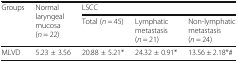
<table><thead><tr><td rowspan="2"><b>Groups</b></td><td rowspan="2"><b>Normal laryngeal mucosa (<i>n</i> = 22)</b></td><td colspan="3"><b>LSCC</b></td></tr><tr><td><b>Total (<i>n</i> = 45)</b></td><td><b>Lymphatic metastasis (<i>n</i> = 21)</b></td><td><b>Non-lymphatic metastasis (<i>n</i> = 24)</b></td></tr></thead><tbody><tr><td>MLVD</td><td>5.23 ± 3.56</td><td>20.88 ± 5.21*</td><td>24.32 ± 0.91*</td><td>13.56 ± 2.18*#</td></tr></tbody></table>